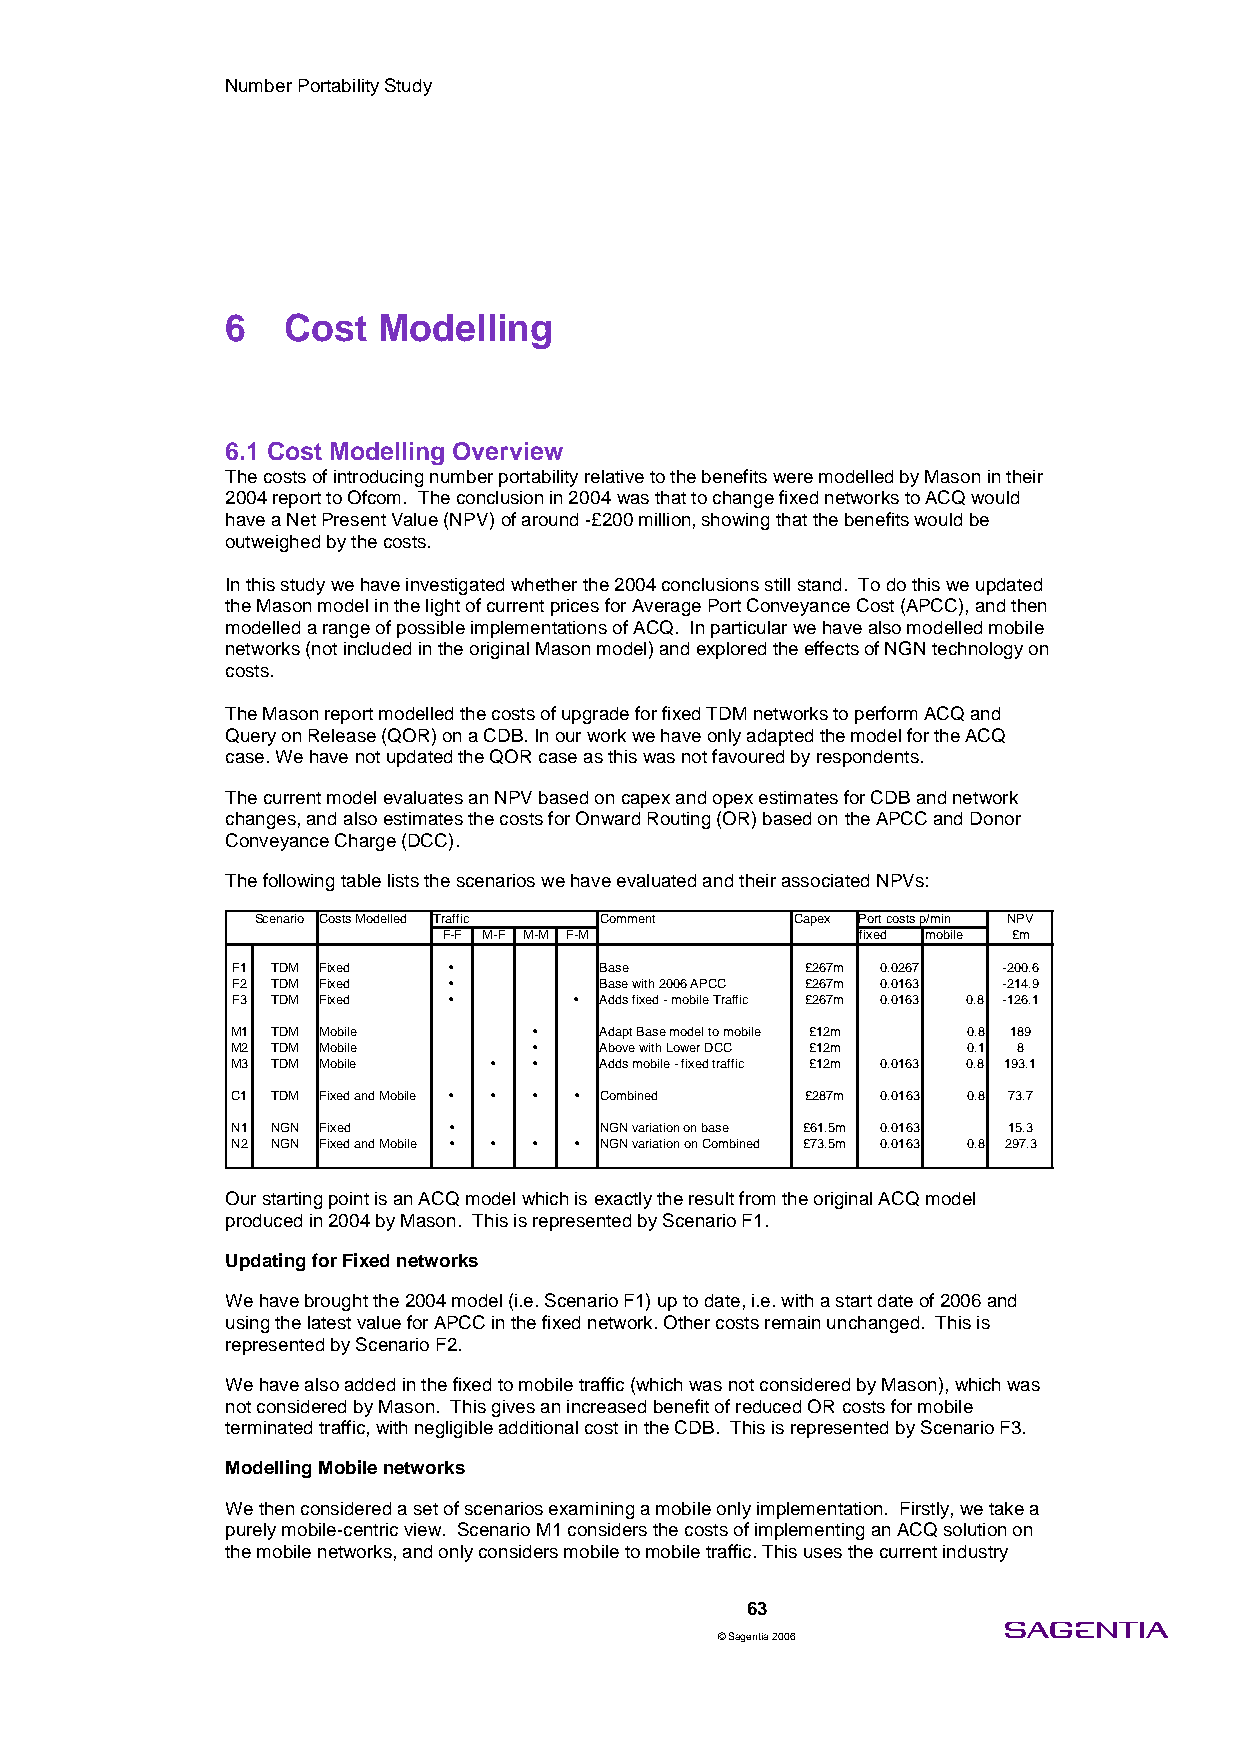
Number Portability Study
 6   Cost  Modelling
 6.1 Cost Modelling Overview
 The costs of introducing number portability relative to the benefits were modelled by Mason in their
 2004 report to Ofcom. The conclusion in 2004 was that to change fixed networks to ACQ would
 have a Net Present Value (NPV) of around -£200 million, showing that the benefits would be
 outweighed by the costs.
 In this study we have investigated whether the 2004 conclusions still stand. To do this we updated
 the Mason model in the light of current prices for Average Port Conveyance Cost (APCC), and then
 modelled a range of possible implementations of ACQ. In particular we have also modelled mobile
 networks (not included in the original Mason model) and explored the effects of NGN technology on
 costs.
 The Mason report modelled the costs of upgrade for fixed TDM networks to perform ACQ and
 Query on Release (QOR) on a CDB. In our work we have only adapted the model for the ACQ
 case. We have not updated the QOR case as this was not favoured by respondents.
 The current model evaluates an NPV based on capex and opex estimates for CDB and network
 changes, and also estimates the costs for Onward Routing (OR) based on the APCC and Donor
 Conveyance Charge (DCC).
 The following table lists the scenarios we have evaluated and their associated NPVs:
 Scenario Costs Modelled Traffic Comment Capex Port costs p/min NPV
 F-F M-F M-M F-M             fixed mobile £m
 F1 TDM Fixed   •         Base         £267m 0.0267 -200.6
 F2 TDM Fixed   •         Base with 2006 APCC £267m 0.0163 -214.9
 F3 TDM Fixed   •       • Adds fixed - mobile Traffic £267m 0.0163 0.8 -126.1
 M1 TDM Mobile       •    Adapt Base model to mobile £12m 0.8 189
 M2 TDM Mobile       •    Above with Lower DCC £12m 0.1 8
 M3 TDM Mobile     • •    Adds mobile - fixed traffic £12m 0.0163 0.8 193.1
 C1 TDM Fixed and Mobile • • • • Combined £287m 0.0163 0.8 73.7
 N1 NGN Fixed   •         NGN variation on base £61.5m 0.0163 15.3
 N2 NGN Fixed and Mobile • • • • NGN variation on Combined £73.5m 0.0163 0.8 297.3
 Our starting point is an ACQ model which is exactly the result from the original ACQ model
 produced in 2004 by Mason. This is represented by Scenario F1.
 Updating for Fixed networks
 We have brought the 2004 model (i.e. Scenario F1) up to date, i.e. with a start date of 2006 and
 using the latest value for APCC in the fixed network. Other costs remain unchanged. This is
 represented by Scenario F2.
 We have also added in the fixed to mobile traffic (which was not considered by Mason), which was
 not considered by Mason. This gives an increased benefit of reduced OR costs for mobile
 terminated traffic, with negligible additional cost in the CDB. This is represented by Scenario F3.
 Modelling Mobile networks
 We then considered a set of scenarios examining a mobile only implementation. Firstly, we take a
 purely mobile-centric view. Scenario M1 considers the costs of implementing an ACQ solution on
 the mobile networks, and only considers mobile to mobile traffic. This uses the current industry
 63
 © Sagentia 2006